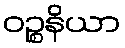
ဝဉ္စနိယာ